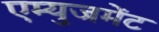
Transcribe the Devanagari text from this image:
एम्‍युजमेंट